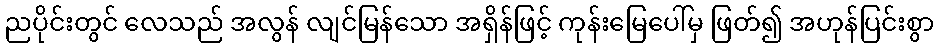
ညပိုင်းတွင် လေသည် အလွန် လျင်မြန်သော အရှိန်ဖြင့် ကုန်းမြေပေါ်မှ ဖြတ်၍ အဟုန်ပြင်းစွာ